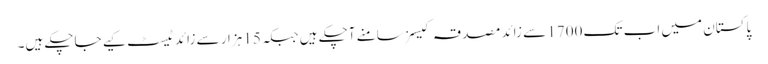
پاکستان میں اب تک 1700 سے زائد مصدقہ کیسز سامنے آچکے ہیں جبکہ 15 ہزار سے زائد ٹیسٹ کیے جاچکے ہیں۔